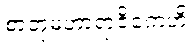
စာတုမဟာရာဇိကေဟိ